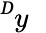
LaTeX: ^Ḋy\mathcal{Ḍ}